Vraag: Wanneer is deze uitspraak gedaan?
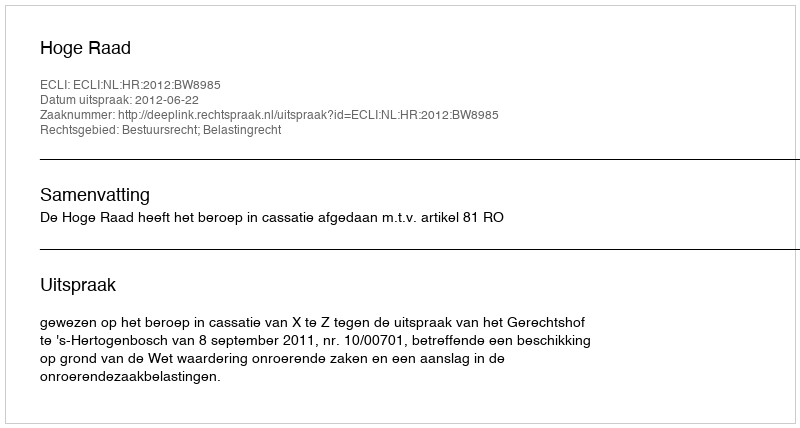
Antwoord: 2012-06-22